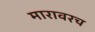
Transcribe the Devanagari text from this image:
मारावरच